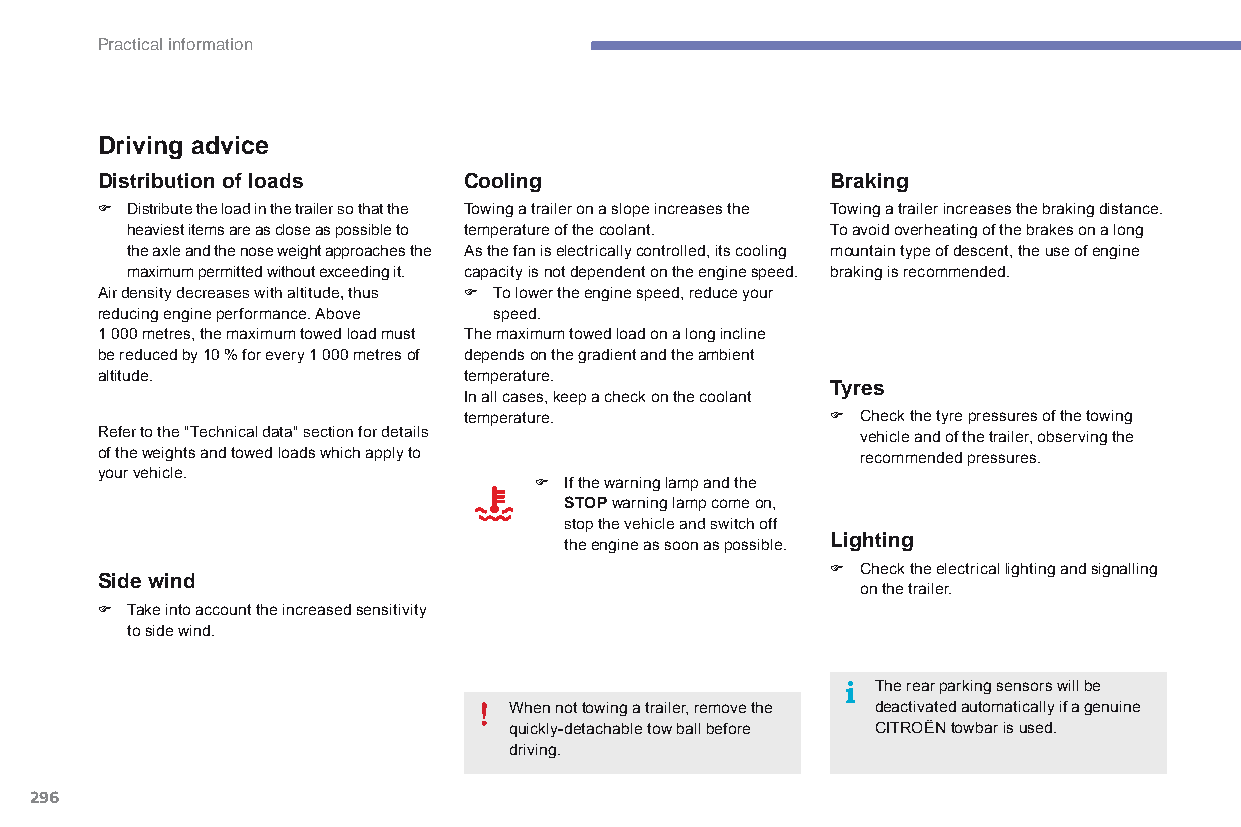
Practical information
 Driving advice
 Distribution of loads    Cooling                 Braking
 F distribute the load in the trailer so that the Towing a trailer on a slope increases the Towing a trailer increases the braking distance.
 heaviest items are as close as possible to temperature of the coolant. To avoid overheating of the brakes on a long
 the axle and the nose weight approaches the As the fan is electrically controlled, its cooling mountain type of descent, the use of engine
 maximum permitted without exceeding it. capacity is not dependent on the engine speed. braking is recommended.
 air density decreases with altitude, thus F To lower the engine speed, reduce your
 reducing engine performance. Above speed.
 1 000 metres, the maximum towed load must The maximum towed load on a long incline
 be reduced by 10 % for every 1 000 metres of depends on the gradient and the ambient
 altitude.                temperature.
 Tyres
 In all cases, keep a check on the coolant
 temperature.            F Check the tyre pressures of the towing
 Refer to the "Technical data" section for details  vehicle and of the trailer, observing the
 of the weights and towed loads which apply to      recommended pressures.
 your vehicle.
 F If the warning lamp and the
 STOP warning lamp come on,
 stop the vehicle and switch off
 the engine as soon as possible. Lighting
 F Check the electrical lighting and signalling
 Side wind
 on the trailer.
 F Take into account the increased sensitivity
 to side wind.
 The rear parking sensors will be
 When not towing a trailer, remove the deactivated automatically if a genuine
 quickly-detachable tow ball before CITROËN towbar is used.
 driving.
 296
 C4-Picasso-II_en_Chap07_info-pratiques_ed01-2015